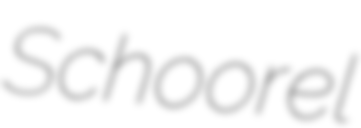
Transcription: Schoorel